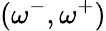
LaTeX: (\omega^{-},\omega^{+})